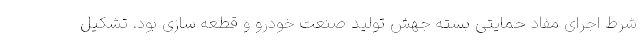
شرط اجرای مفاد حمایتی بسته جهش تولید صنعت خودرو و قطعه سازی بود. تشکیل